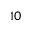
1 0